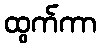
ထွက်ကာ